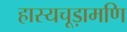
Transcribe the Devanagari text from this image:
हास्यचूड़ामणि